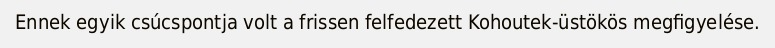
Ennek egyik csúcspontja volt a frissen felfedezett Kohoutek-üstökös megfigyelése.